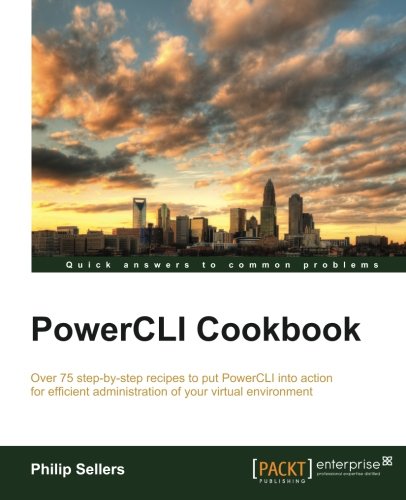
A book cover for PowerCLI Cookbook; Philip Sellers; Computers & Technology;